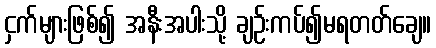
ငှက်များဖြစ်၍ အနီးအပါးသို့ ချဉ်းကပ်၍မရတတ်ချေ။